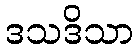
ဒသဒိသာ